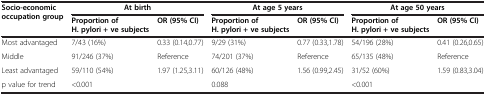
<table><thead><tr><td rowspan="2"><b>Socio-economic occupation group</b></td><td colspan="2"><b>At birth</b></td><td colspan="2"><b>At age 5 years</b></td><td colspan="2"><b>At age 50 years</b></td></tr><tr><td><b>Proportion of H. pylori + ve subjects</b></td><td><b>OR (95% CI)</b></td><td><b>Proportion of H. pylori + ve subjects</b></td><td><b>OR (95% CI)</b></td><td><b>Proportion of H. pylori + ve subjects</b></td><td><b>OR (95% CI)</b></td></tr></thead><tbody><tr><td>Most advantaged</td><td>7/43 (16%)</td><td>0.33 (0.14,0.77)</td><td>9/29 (31%)</td><td>0.77 (0.33,1.78)</td><td>54/196 (28%)</td><td>0.41 (0.26,0.65)</td></tr><tr><td>Middle</td><td>91/246 (37%)</td><td>Reference</td><td>74/201 (37%)</td><td>Reference</td><td>65/135 (48%)</td><td>Reference</td></tr><tr><td>Least advantaged</td><td>59/110 (54%)</td><td>1.97 (1.25,3.11)</td><td>60/126 (48%)</td><td>1.56 (0.99,2.45)</td><td>31/52 (60%)</td><td>1.59 (0.83,3.04)</td></tr><tr><td>p value for trend</td><td colspan="2">&lt;0.001</td><td colspan="2">0.088</td><td colspan="2">&lt;0.001</td></tr></tbody></table>